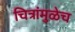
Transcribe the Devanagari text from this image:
चित्रांमुळेच